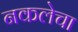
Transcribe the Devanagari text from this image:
नकलेचा